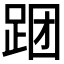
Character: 𲃝